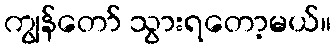
ကျွန်တော် သွားရတော့မယ်။